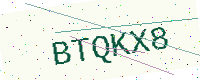
Text: BTQKX8